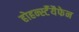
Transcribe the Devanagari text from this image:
होहर्न्स्टॅयैफेन